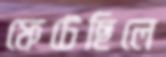
ফেটেছিলে